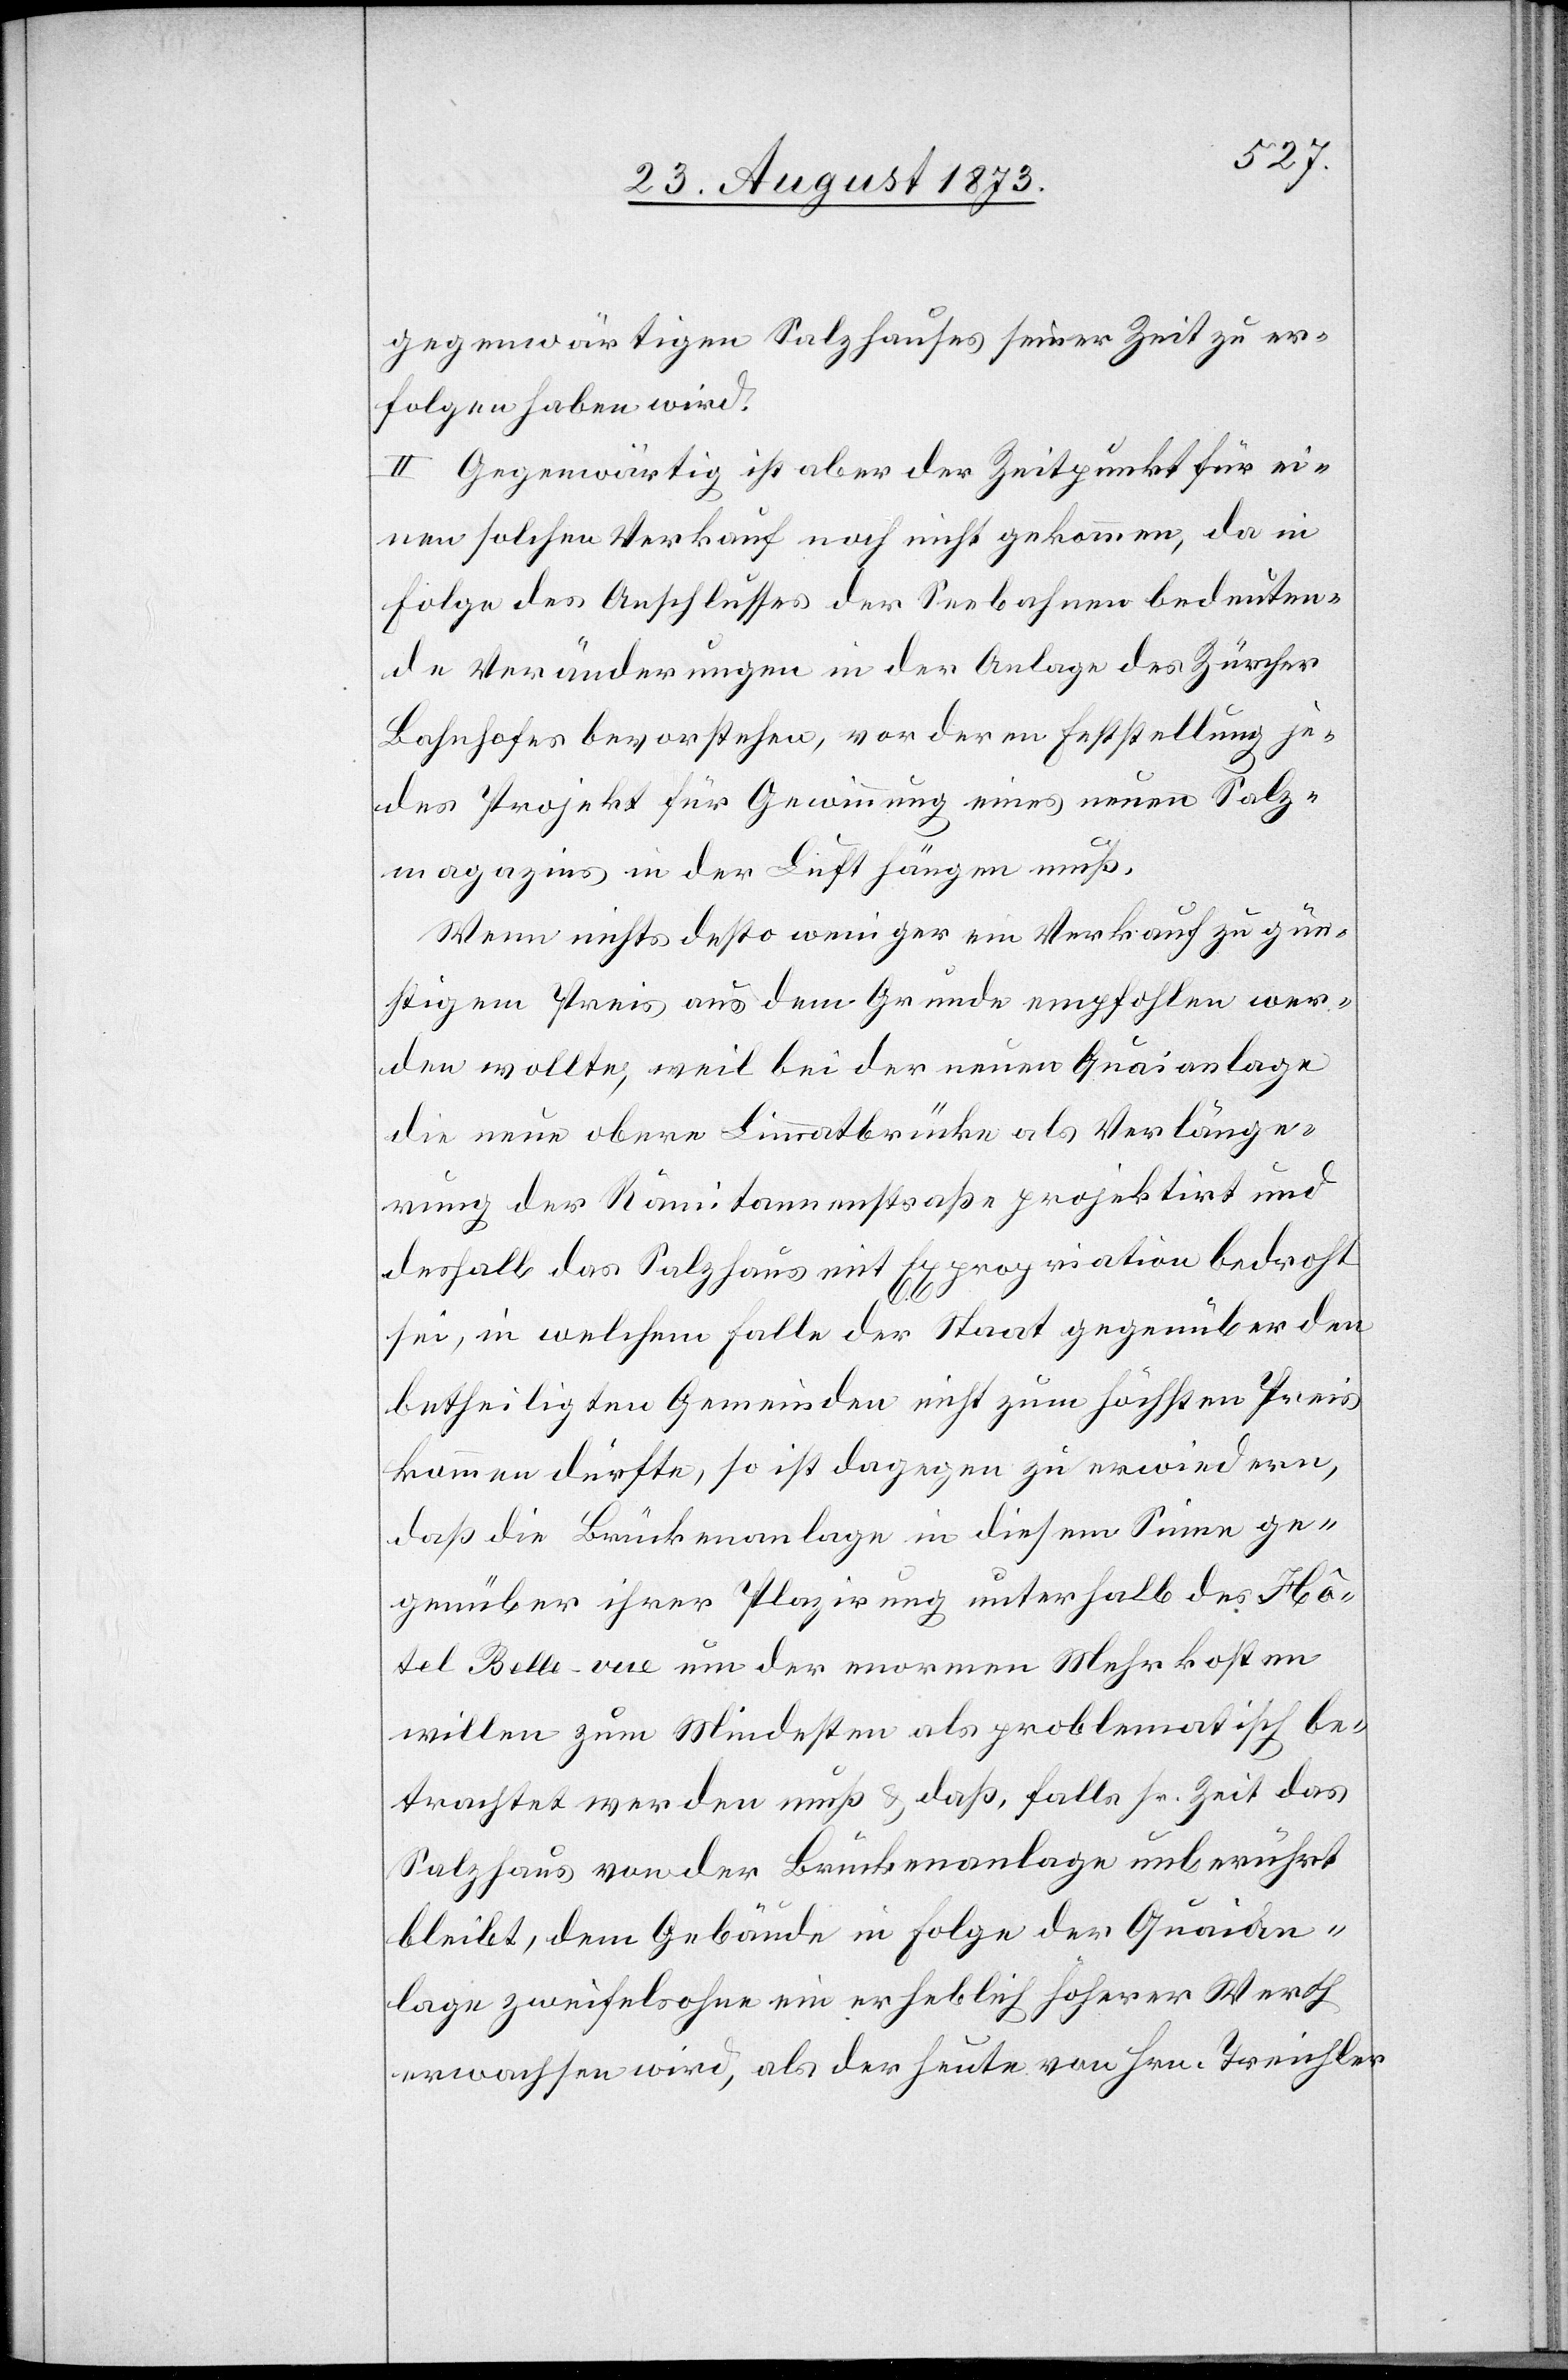
gegenwärtigen Salzhauses seiner Zeit zu er¬
folgen haben wird.
II. Gegenwärtig ist aber der Zeitpunkt für ei¬
nen solchen Verkauf noch nicht gekommen, da in
Folge des Anschlusses der Seebahnen bedeuten¬
de Veränderungen in der Anlage des Zürcher
Bahnhofes bevorstehen, vor deren Feststellung je¬
des Projekt für Gewinnung eines neuen Salz¬
magazins in der Luft hängen muß.
Wenn nichts desto weniger ein Verkauf zu gün¬
stigem Preis aus dem Grunde empfohlen wer¬
den wollte, weil bei der neuen Quaianlage
die neue obere Limmatbrücke als Verlänge¬
rung der Rämitannenstraße projektirt und
deshalb das Salzhaus mit Expropriation bedroht
sei, in welchem Falle der Staat gegenüber den
betheiligten Gemeinden nicht zum höchsten Preis
kommen dürfte, so ist dagegen zu erwiedern,
daß die Brückenanlage in diesem Sinne ge¬
genüber ihrer Plazirung unterhalb des Hô¬
tel Belle-vue um der enormen Mehrkosten
willen zum Mindesten als problematisch be¬
trachtet werden muß & daß, falls sr. Zeit das
Salzhaus von der Brückenanlage unberührt
bleibt, dem Gebäude in Folge der Quaian¬
lage zweifelsohne ein erheblich höherer Werth
erwachsen wird, als der heute von Hrn. Treichler